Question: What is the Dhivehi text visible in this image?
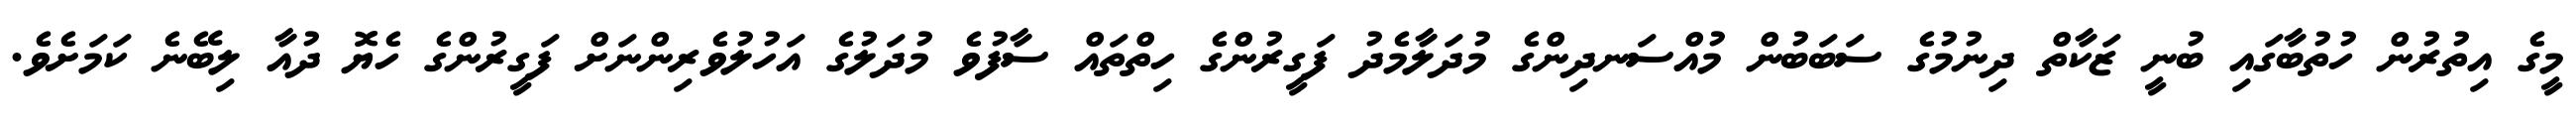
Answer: މީގެ އިތުރުން ހުތުބާގައި ބުނީ ޒަކާތް ދިނުމުގެ ސަބަބުން މުއްސަނދިންގެ މުދަލާމެދު ފަގީރުންގެ ހިތްތައް ސާފުވެ މުދަލުގެ އަހުލުވެރިންނަށް ފަގީރުންގެ ހެޔޮ ދުއާ ލިބޭނެ ކަމަށެވެ.